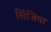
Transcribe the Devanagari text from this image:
सिंजिया